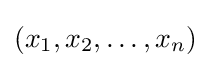
(x_{1},x_{2},\dots ,x_{n})